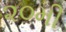
૨૦મી